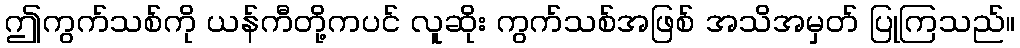
ဤကွက်သစ်ကို ယန်ကီတို့ကပင် လူဆိုး ကွက်သစ်အဖြစ် အသိအမှတ် ပြုကြသည်။